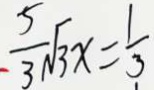
\frac { 5 } { 3 } \sqrt { 3 x } = \frac { 1 } { 3 }